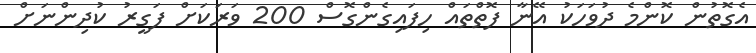
އެގޮތުން ކޮންމެ ދުވަހަކު އޭނާ ފޮތްތައް ހިފައިގެންގޮސް 200 ވަރަކަށް ފަގީރު ކުދިންނަށް